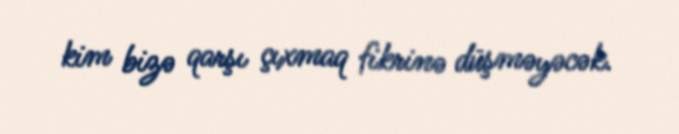
kim bizə qarşı çıxmaq fikrinə düşməyəcək.